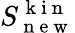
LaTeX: S_{\mathrm{~n~e~w~}}^{\mathrm{~k~i~n~}}